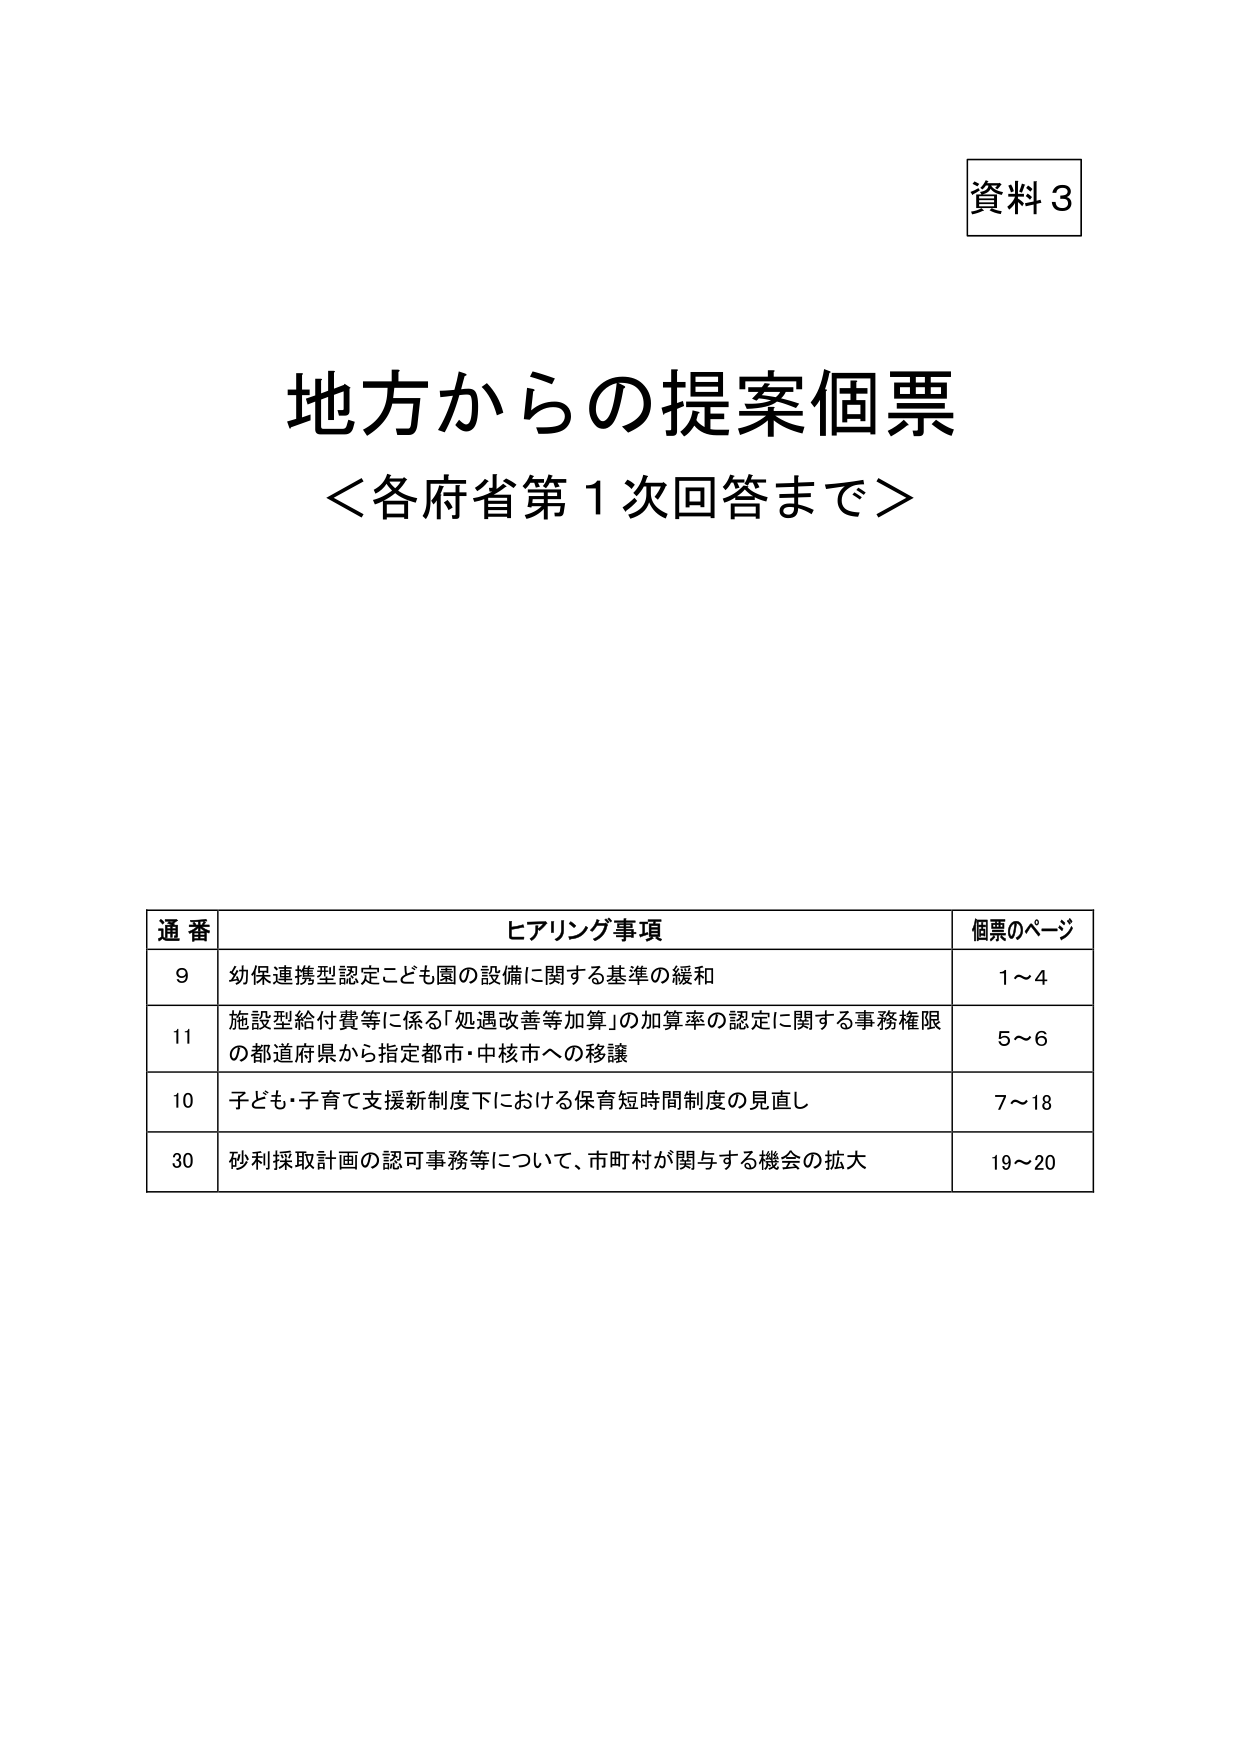
資料３

地方からの提案個票
＜各府省第１次回答まで＞

通番 ヒアリング事項 個票のページ
9 幼保連携型認定こども園の設備に関する基準の緩和 1～4
11 施設型給付費等に係る「処遇改善等加算」の加算率の認定に関する事務権限
の都道府県から指定都市・中核市への移譲 5～6
10 子ども・子育て支援新制度下における保育短時間制度の見直し 7～18
30 砂利採取計画の認可事務等について、市町村が関与する機会の拡大 19～20